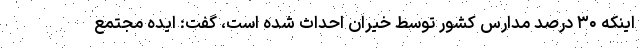
اینکه ۳۰ درصد مدارس کشور توسط خیران احداث شده است، گفت: ایده مجتمع